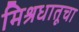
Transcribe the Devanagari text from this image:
मिश्रधातूचा